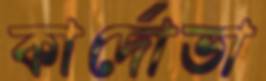
কার্দোভা